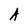
Character: A